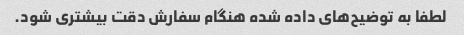
لطفا به توضیح‌های داده شده هنگام سفارش دقت بیشتری شود.